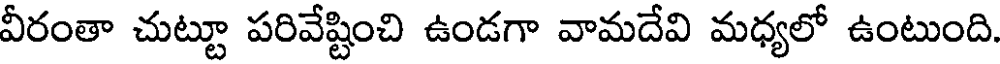
వీరంతా చుట్టూ పరివేష్టించి ఉండగా వామదేవి మధ్యలో ఉంటుంది.